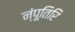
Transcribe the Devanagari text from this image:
न्ंपूतिरि